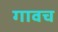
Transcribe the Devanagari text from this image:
गावच